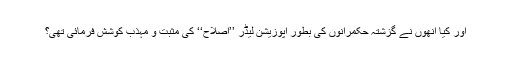
اور کیا انھوں نے گزشتہ حکمرانوں کی بطور اپوزیشن لیڈر ’’اصلاح‘‘ کی مثبت و مہذب کوشش فرمائی تھی؟